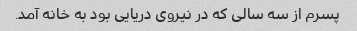
پسرم از سه سالی که در نیروی دریایی بود به خانه آمد.